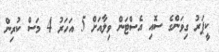
ކީޕަރު ގިވަންގެ ސޮއި އެސްޓަން ވިލާއަށް 5 އަހަރު 4 މަސް ކުރިން